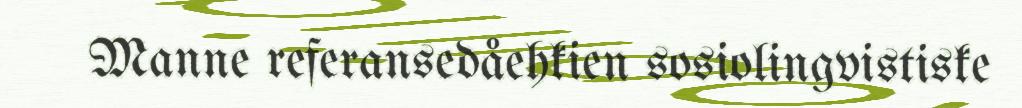
Manne referansedåehkien sosiolingvistiske